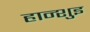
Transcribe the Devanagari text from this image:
हान्शुइ